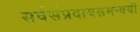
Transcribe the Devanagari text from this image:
सर्वसंप्रदायसमन्वयी